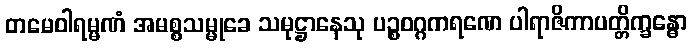
တမေဝါရမ္မဏံ အမစ္စသမ္မုခေ သမုဋ္ဌာနေသု ပဉ္စဝဂ္ဂကရဏေ ပါရာဇိကာပတ္တိက္ခန္ဓော